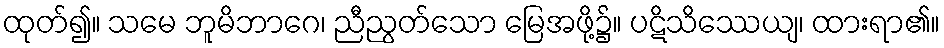
ထုတ်၍။ သမေ ဘူမိဘာဂေ၊ ညီညွတ်သော မြေအဖို့၌။ ပဋိသိဿေယျ၊ ထားရာ၏။